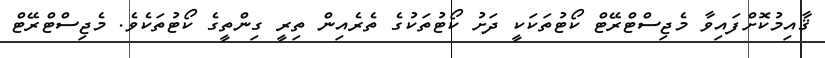
ޤާއިމުކޮށްފައިވާ މެޖިސްޓްރޭޓް ކޯޓުތަކަކީ ދަށު ކޯޓުތަކުގެ ތެރެއިން ތިރީ ގިންތީގެ ކޯޓުތަކެވެ. މެޖިސްޓްރޭޓް